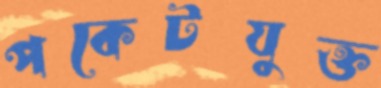
পকেটযুক্ত